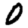
Digit: 0